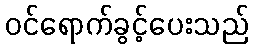
ဝင်ရောက်ခွင့်ပေးသည်